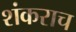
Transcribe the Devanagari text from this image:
शंकराच